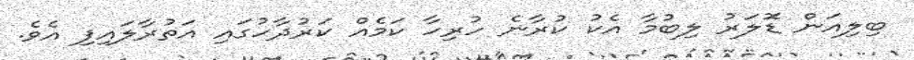
ބިލިއަން ޑޮަލަރު ލިބުމާ އެކު ކުރާނެ ހުރިހާ ކަމެއް ކަރުދާހުގައި އަތުރާލައިފި އެވެ.